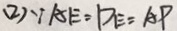
( 2 ) \because A E = D E = A P